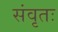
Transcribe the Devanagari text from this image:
संवृतः